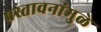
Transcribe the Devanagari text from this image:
प्रस्तावनांमुळे